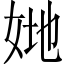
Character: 𡜤